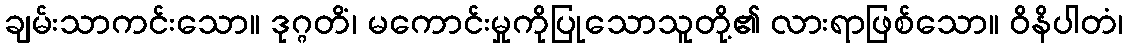
ချမ်းသာကင်းသော။ ဒုဂ္ဂတိံ၊ မကောင်းမှုကိုပြုသောသူတို့၏ လားရာဖြစ်သော။ ဝိနိပါတံ၊